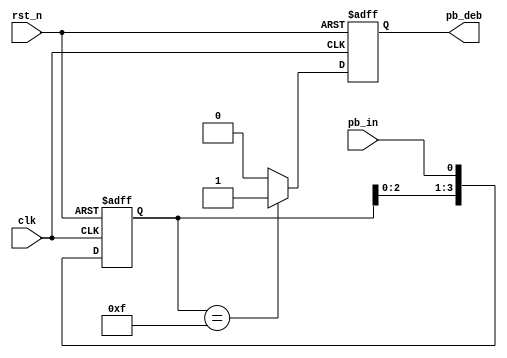
module debounce_circuit(
    clk, // clock control
    rst_n, // reset
    pb_in, //push button input
    pb_deb // debounced push button output
);
// declare the I/Os
input clk; // clock control
input rst_n; // reset
input pb_in; //push button input
output pb_deb; // debounced push button output
reg pb_deb; // debounced push button output
// declare the internal nodes
reg [3:0] debounce_window; // shift register flip flop
reg pb_debounced_next; // debounce result
// Shift register
always @(posedge clk or negedge rst_n)
    if (~rst_n)
        debounce_window <= 4'd0;
    else
        debounce_window <= {debounce_window[2:0], pb_in};
// debounce circuit
always @*
    if (debounce_window == 4'b1111)
        pb_debounced_next = 1'b1;
    else
        pb_debounced_next = 1'b0;
always @(posedge clk or negedge rst_n)
    if (~rst_n)
        pb_deb <= 1'b0;
    else
        pb_deb <= pb_debounced_next;
endmodule